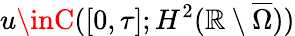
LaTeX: u\inC([0,\tau];H^{2}(\mathbb{R}\setminus\overline{{\Omega}}))